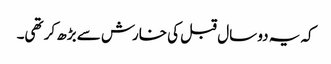
کہ یہ دو سال قبل کی خارش سے بڑھ کر تھی۔